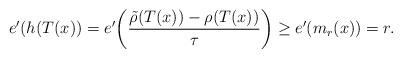
LaTeX: \begin{align*}e^{\prime}(h(T(x))=e^{\prime}\bigg(\frac{\tilde{\rho}(T(x))-\rho(T(x))}{\tau}\bigg)\geq e^{\prime}(m_{r}(x))=r.\end{align*}